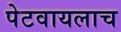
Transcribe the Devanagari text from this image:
पेटवायलाच